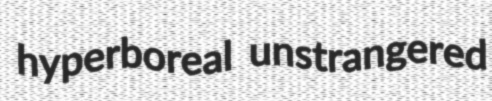
hyperboreal unstrangered